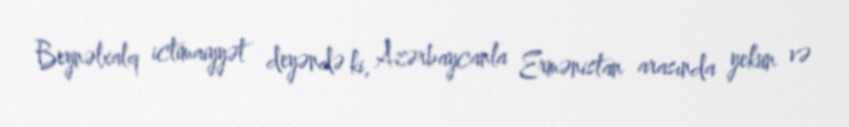
Beynəlxalq ictimaiyyət deyəndə ki, Azərbaycanla Ermənistan arasında yekun və